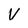
Character: V